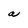
Character: a